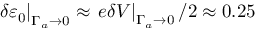
\left. \delta \varepsilon _ { 0 } \right\vert _ { \Gamma _ { a } \to 0 } \approx \left. e \delta V \right\vert _ { \Gamma _ { a } \to 0 } / 2 \approx 0 . 2 5